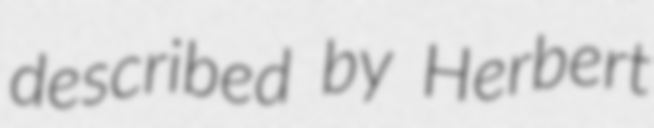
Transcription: described by Herbert